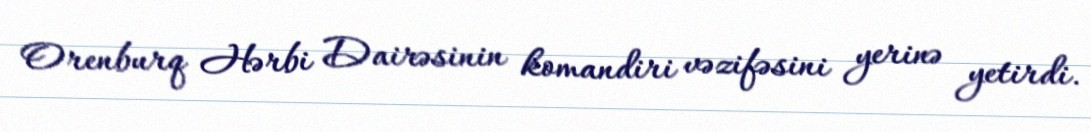
Orenburq Hərbi Dairəsinin komandiri vəzifəsini yerinə yetirdi.